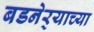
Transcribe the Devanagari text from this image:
बडनेर्‍याच्या